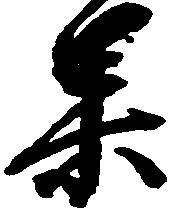
果